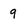
Character: 9